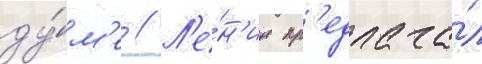
ду́м'е // Л'е́н'ин пр'едлага́л